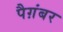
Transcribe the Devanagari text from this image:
पैग़ंबर